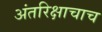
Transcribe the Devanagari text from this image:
अंतरिक्षाचाच